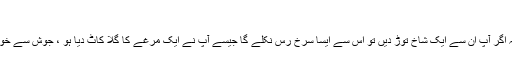
اس نے کہا :
”ہمارے علاقے درواز میں ناک کے ایسے درخت ہیں کہ اگر آپ ان سے ایک شاخ توڑ دیں تو اس سے ایسا سرخ رس نکلے گا جیسے آپ نے ایک مرغے کا گلا کاٹ دیا ہو ، جوش سے خون نکلے گا اور آپ کے ہاتھوں کو خون آلود کر دے گا “۔